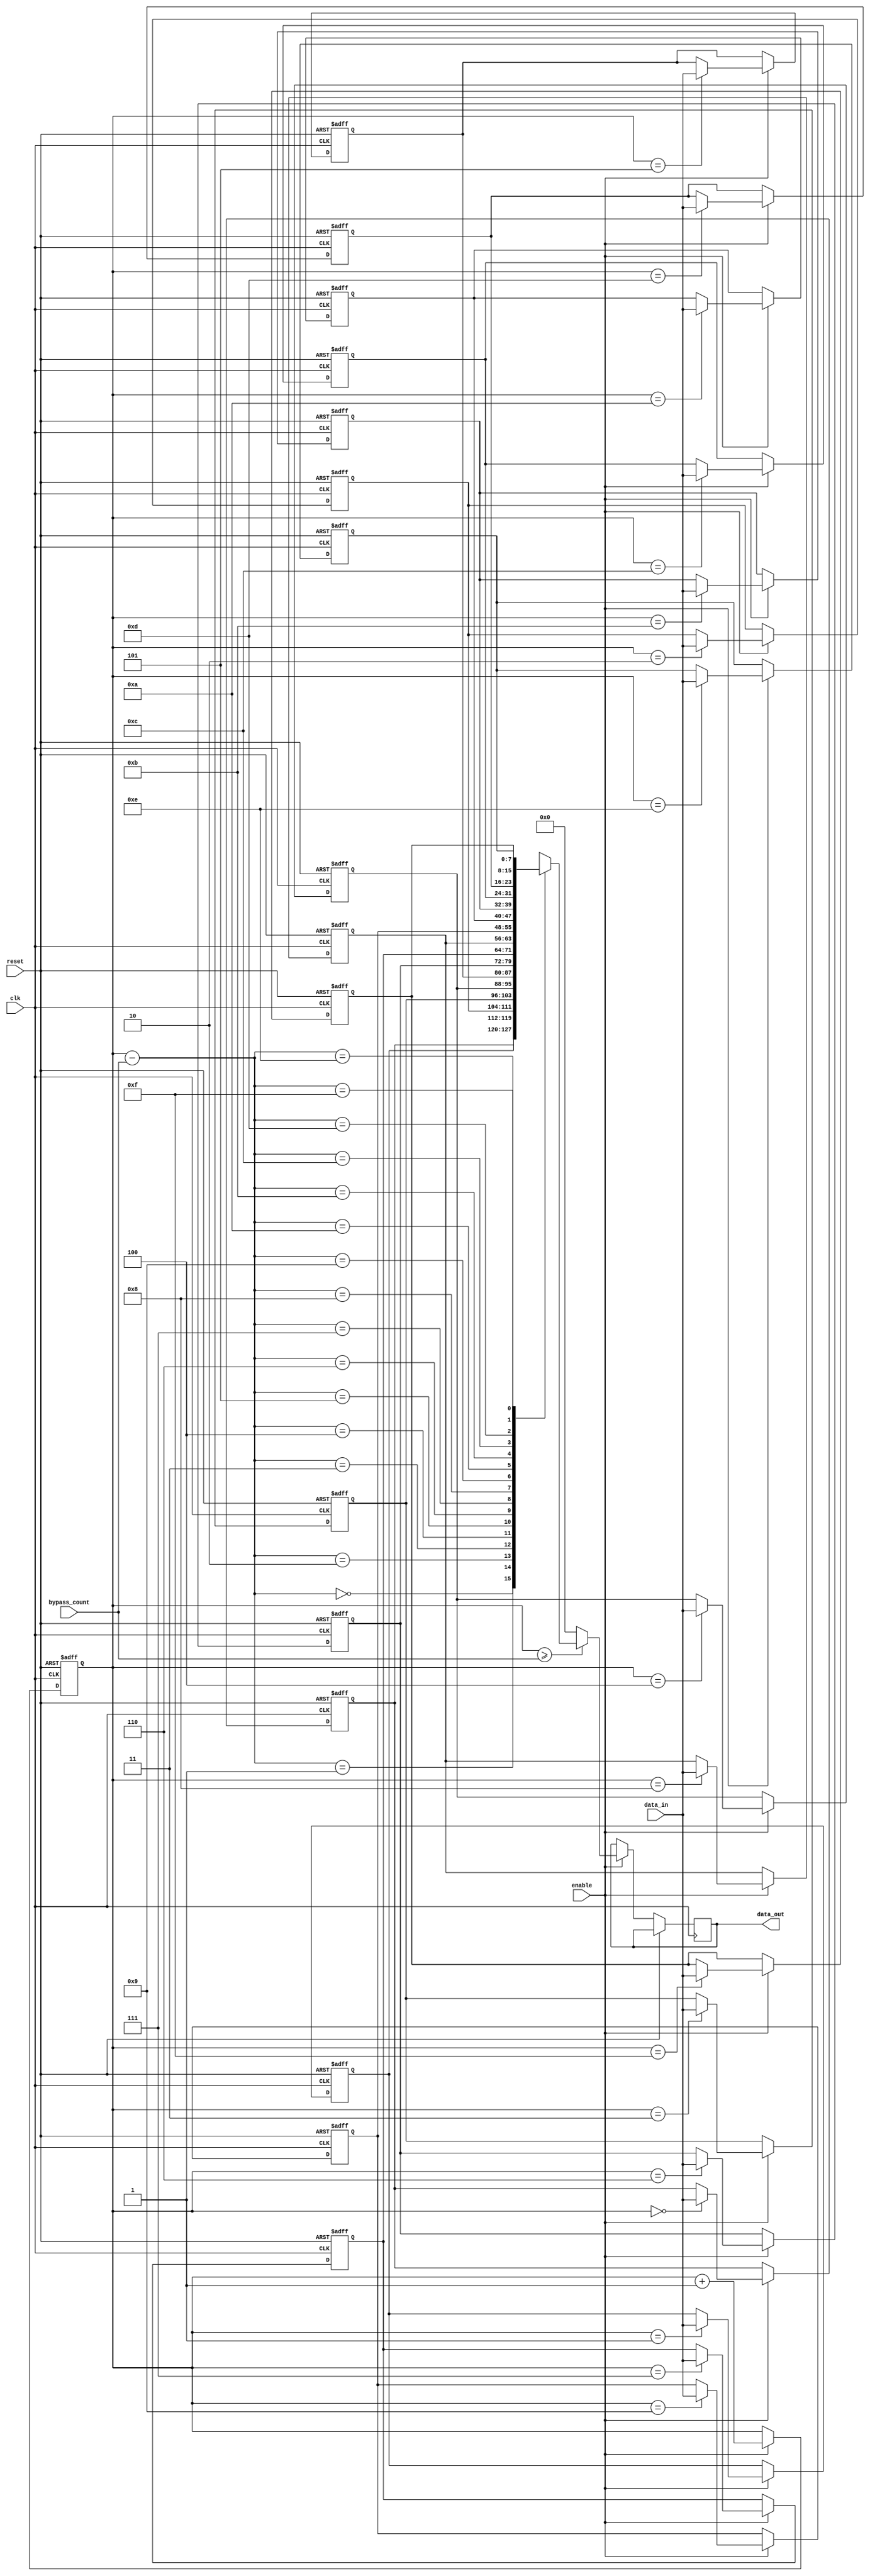
module bypass_register (
    input wire clk,
    input wire reset,
    input wire enable,
    input wire [7:0] data_in,
    input wire [3:0] bypass_count,
    output reg [7:0] data_out
);

reg [7:0] reg_data [0:15];
reg [3:0] ptr;
integer i;

always @(posedge clk or posedge reset) begin
    if (reset) begin
        ptr <= 0;
        for (i = 0; i < 16; i = i + 1) begin
            reg_data[i] <= 8'b0;
        end
    end else if (enable) begin
        ptr <= ptr + 1;
        reg_data[ptr] <= data_in;
        
        if (ptr >= bypass_count) begin
            data_out <= reg_data[ptr - bypass_count];
        end else begin
            data_out <= 8'b0;
        end
    end
end

endmodule